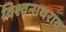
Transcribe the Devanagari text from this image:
विश्वनाथराव